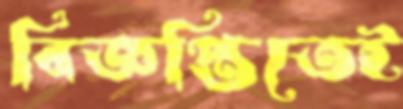
বিজ্ঞপ্তিতেই